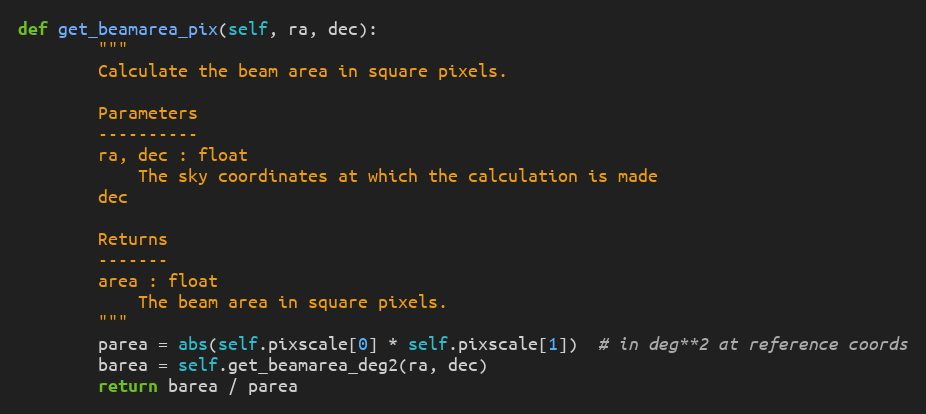
Language: Python
def get_beamarea_pix(self, ra, dec):
        """
        Calculate the beam area in square pixels.

        Parameters
        ----------
        ra, dec : float
            The sky coordinates at which the calculation is made
        dec

        Returns
        -------
        area : float
            The beam area in square pixels.
        """
        parea = abs(self.pixscale[0] * self.pixscale[1])  # in deg**2 at reference coords
        barea = self.get_beamarea_deg2(ra, dec)
        return barea / parea